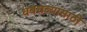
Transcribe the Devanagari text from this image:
धबधब्यासाठी